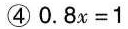
④$$0 . 8 x = 1$$